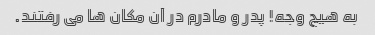
به هیچ وجه! پدر و مادرم در آن مکان ها می رفتند.